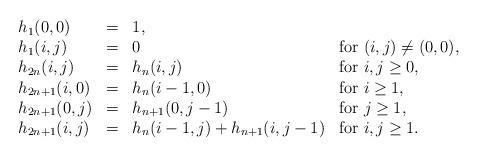
LaTeX: \begin{align*}\begin{array}{lcll}h_1(0,0)&=&1,&\\h_1(i,j)&=&0&\mbox{for }(i,j)\neq (0,0),\\h_{2n}(i,j)&=&h_n(i,j)&\mbox{for }i,j\geq 0,\\h_{2n+1}(i,0)&=&h_n(i-1,0)&\mbox{for }i\geq 1,\\h_{2n+1}(0,j)&=&h_{n+1}(0,j-1)&\mbox{for }j\geq 1,\\h_{2n+1}(i,j)&=&h_n(i-1,j)+h_{n+1}(i,j-1)&\mbox{for }i,j\geq 1.\end{array}\end{align*}